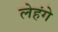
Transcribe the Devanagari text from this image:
लेहंगे